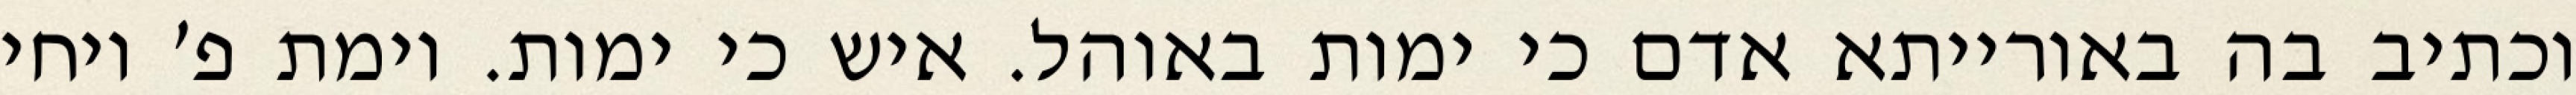
וכתיב בה באורייתא אדם כי ימות באוהל. איש כי ימות. וימת פ׳ ויחי